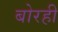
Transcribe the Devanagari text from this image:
बोरही